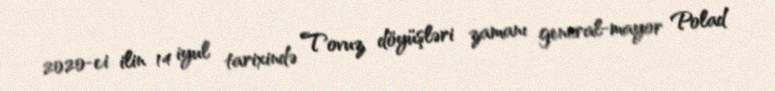
2020-ci ilin 14 iyul tarixində Tovuz döyüşləri zamanı general-mayor Polad